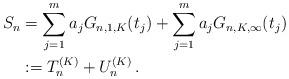
LaTeX: \begin{align*}S_n &= \sum_{j=1}^m a_j G_{n,1,K}(t_j) + \sum_{j=1}^m a_j G_{n,K,\infty}(t_j) \\&:= T_n^{(K)} + U_n^{(K)}\,.\end{align*}